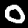
Digit: 0